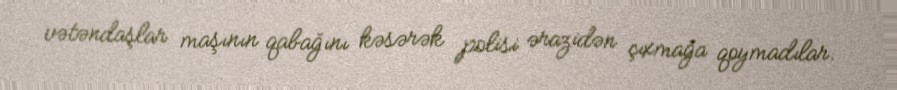
vətəndaşlar maşının qabağını kəsərək polisi ərazidən çıxmağa qoymadılar.